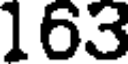
163